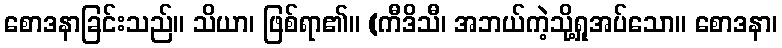
စောဒနာခြင်းသည်။ သိယာ၊ ဖြစ်ရာ၏။ (ကီဒိသီ၊ အဘယ်ကဲ့သို့ရှုအပ်သော။ စောဒနာ၊